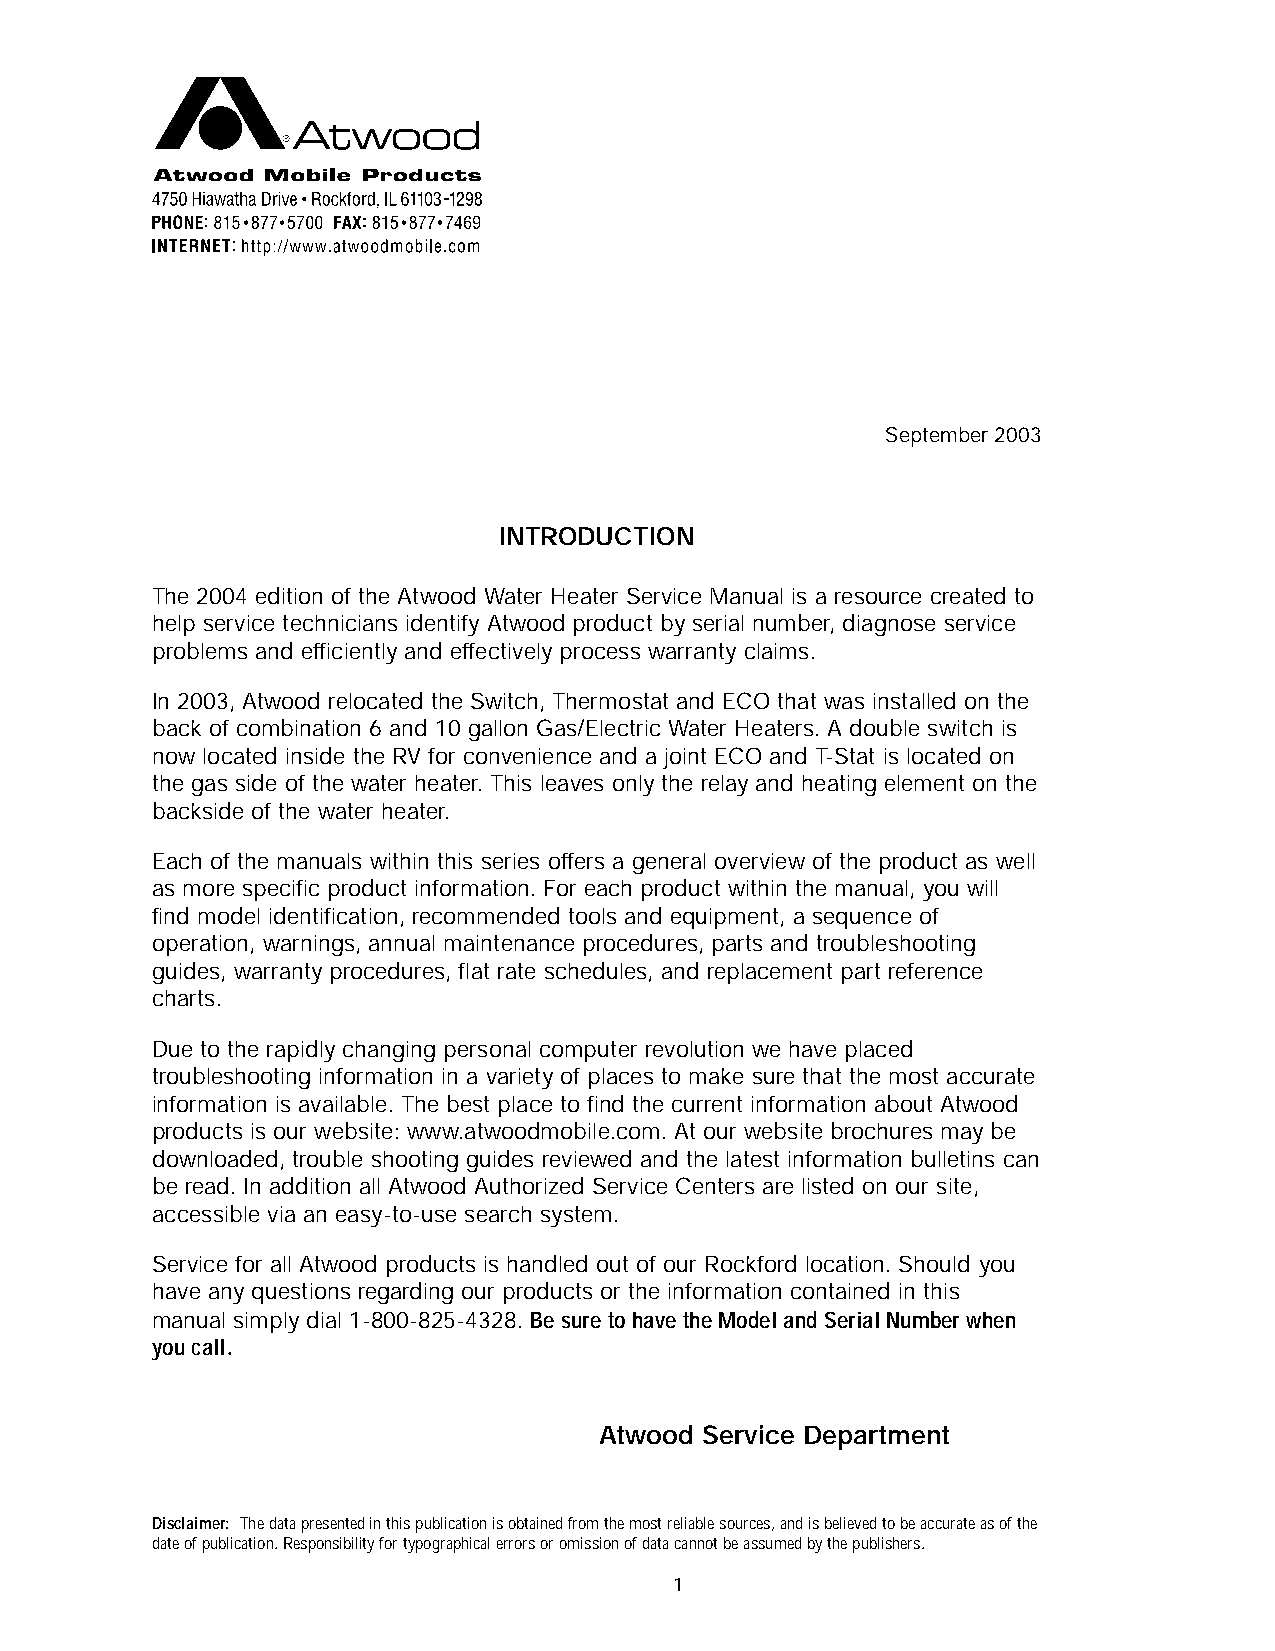
September 2003
 INTRODUCTION
 The 2004 edition of the Atwood Water Heater Service Manual is a resource created to
 help service technicians identify Atwood product by serial number, diagnose service
 problems and efficiently and effectively process warranty claims.
 In 2003, Atwood relocated the Switch, Thermostat and ECO that was installed on the
 back of combination 6 and 10 gallon Gas/Electric Water Heaters. A double switch is
 now located inside the RV for convenience and a joint ECO and T-Stat is located on
 the gas side of the water heater. This leaves only the relay and heating element on the
 backside of the water heater.
 Each of the manuals within this series offers a general overview of the product as well
 as more specific product information. For each product within the manual, you will
 find model identification, recommended tools and equipment, a sequence of
 operation, warnings, annual maintenance procedures, parts and troubleshooting
 guides, warranty procedures, flat rate schedules, and replacement part reference
 charts.
 Due to the rapidly changing personal computer revolution we have placed
 troubleshooting information in a variety of places to make sure that the most accurate
 information is available. The best place to find the current information about Atwood
 products is our website: www.atwoodmobile.com. At our website brochures may be
 downloaded, trouble shooting guides reviewed and the latest information bulletins can
 be read. In addition all Atwood Authorized Service Centers are listed on our site,
 accessible via an easy-to-use search system.
 Service for all Atwood products is handled out of our Rockford location. Should you
 have any questions regarding our products or the information contained in this
 manual simply dial 1-800-825-4328. Be sure to have the Model and Serial Number when
 you call.
 Atwood Service Department
 Disclaimer: The data presented in this publication is obtained from the most reliable sources, and is believed to be accurate as of the
 date of publication. Responsibility for typographical errors or omission of data cannot be assumed by the publishers.
 1